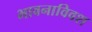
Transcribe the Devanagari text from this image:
भावनाविवश